Indian Medical Review
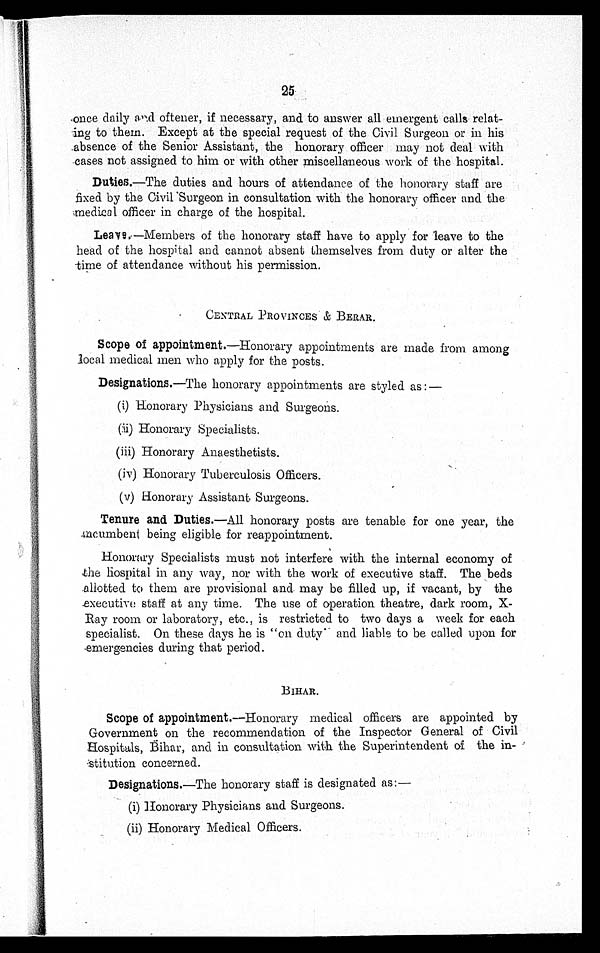
25
once daily and oftener, if necessary, and to answer all emergent calls relat
-ing to them. Except at the special request of the Civil Surgeon or in
his absence of the Senior Assistant, the honorary officer may not deal with
cases not assigned to him or with other miscellaneous work of the hospital.
Duties.—The duties and hours of attendance of the honorary staff are
fixed by the Civil Surgeon in consultation with the honorary officer and the
medical officer in charge of the hospital.
Leave.—Members of the honorary staff have to apply for leave to the
head of the hospital and cannot absent themselves from duty or alter the
time of attendance without his permission.
CENTRAL PROVINCES & BERAR.
Scope of appointment.— Honorary appointments are made from among
local medical men who apply for the posts.
Designations. —The honorary appointments are styled as:—
(i) Honorary Physicians and Surgeons.
(ii) Honorary Specialists.
(iii) Honorary Anaesthetists.
(iv) Honorary Tuberculosis Officers.
(v) Honorary Assistant Surgeons.
Tenure and Duties. —All honorary posts are tenable for one year, the
incumbent being eligible for reappointment.
Honorary Specialists must not interfere with the internal economy of
the hospital in any way, nor with the work of executive staff. The beds
allotted to them are provisional and may be filled up, if vacant, by the
executive staff at any time. The use of operation theatre, dark room, X
- R a y r o o m o r l a b o r a t o r y , e t c . , i s r e s t r i c t e d t o t w o d a y s a w e e k f o r e a c h
specialist. On these days he is "on duty" and liable to be called upon for
emergencies during that period.
BIHAR.
Scope of appointment. —Honorary medical officers are appointed by
Government on the recommendation of the Inspector General of Civil
Hospitals, Bihar, and in consultation with the Superintendent of the in
- s t i t u t i o n c o n c e r n e d .
Designations.— The honorary staff is designated as:
—
(i) Honorary Physicians and Surgeons.
(ii) Honorary Medical Officers.